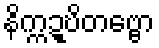
နိက္ကဍ္ဎိတဗ္ဗော